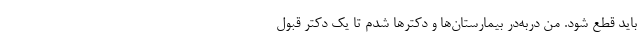
باید قطع شود. من دربه‌در بیمارستان‌ها و دکتر‌ها شدم تا یک دکتر قبول